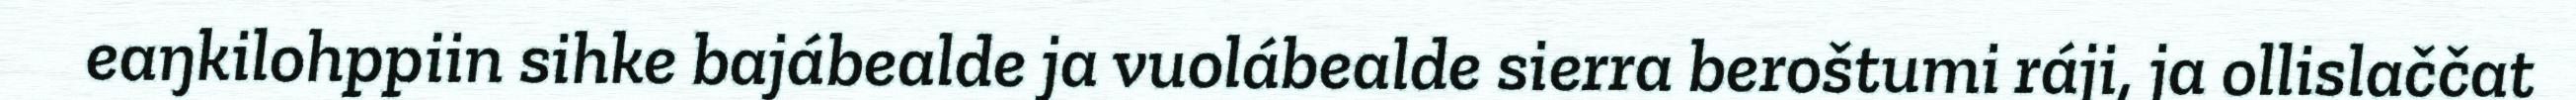
eaŋkilohppiin sihke bajábealde ja vuolábealde sierra beroštumi ráji, ja ollislaččat